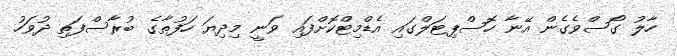
ހާލު ގޯސްވެގެން އޭނާ ހޮސްޕިޓަލްގައި އެޑްމިޓްކޮށްފައި ވަނީ މިދިޔަ ހަފުތާގެ ބުރާސްފަތި ދުވަހު